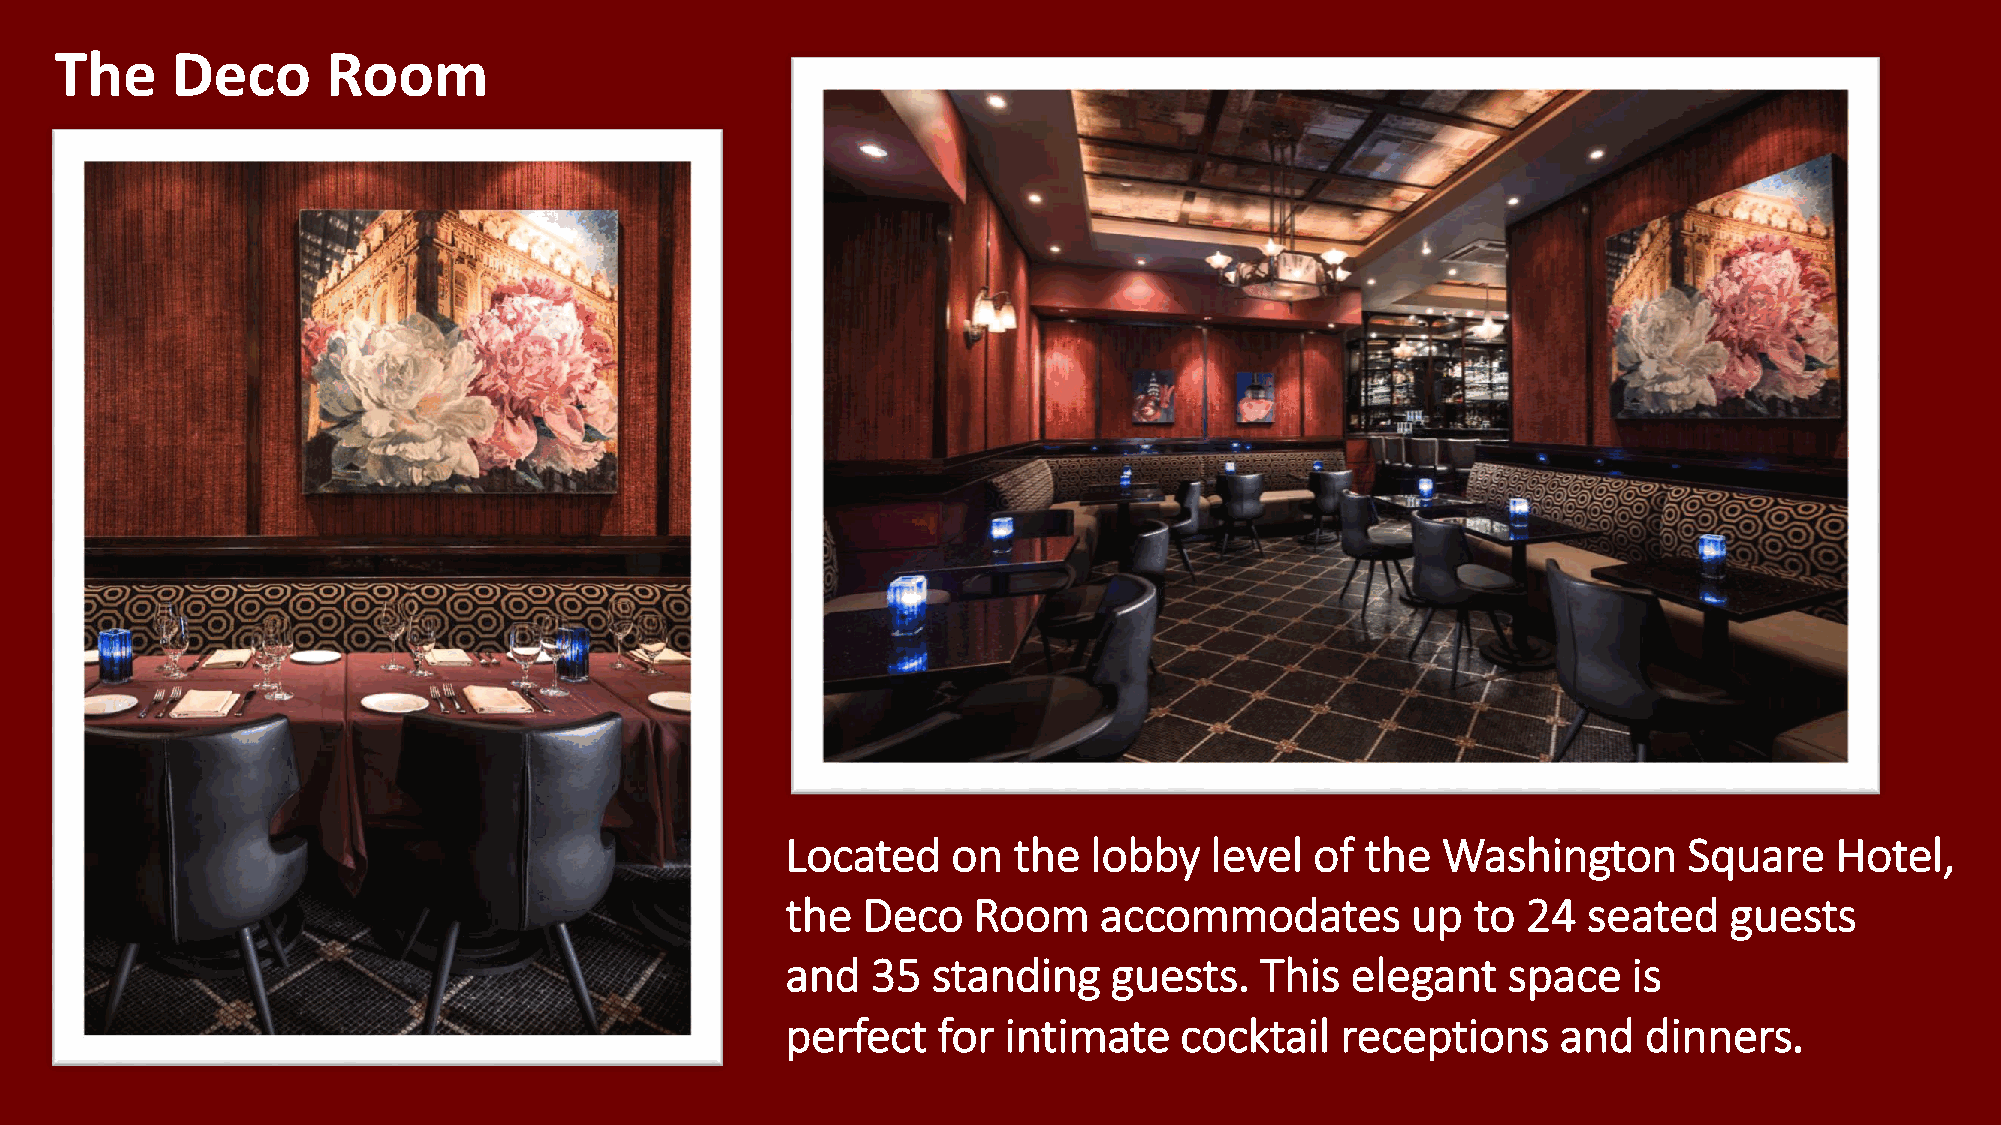
The    Deco       Room
 Located    on  the  lobby   level  of the  Washington       Square   Hotel,
 the  Deco   Room     accommodates        up  to  24  seated   guests
 and   35  standing    guests.  This  elegant    space   is
 perfect   for intimate    cocktail   receptions    and   dinners.